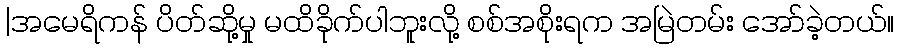
|အမေရိကန် ပိတ်ဆို့မှု မထိခိုက်ပါဘူးလို့ စစ်အစိုးရက အမြဲတမ်း အော်ခဲ့တယ်။